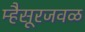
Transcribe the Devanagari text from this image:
म्हैसूरजवळ